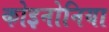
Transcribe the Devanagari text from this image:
कोइनोनिया